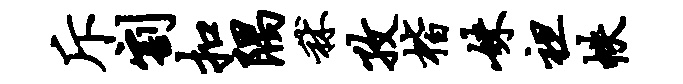
斥割扣隅秫孜楷妹袒帙